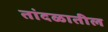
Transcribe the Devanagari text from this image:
तांदळातील